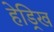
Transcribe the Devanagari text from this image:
हेड्रिख